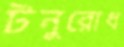
টনুরোধ